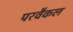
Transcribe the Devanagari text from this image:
परवैकल